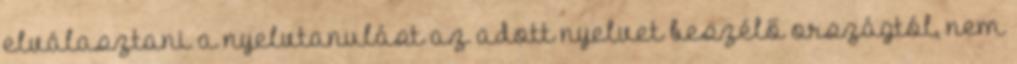
elválasztani a nyelvtanulást az adott nyelvet beszélő országtól, nem